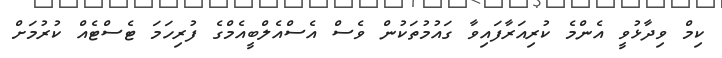
ކިމް ވިދާޅުވީ އެންމެ ކުރިއަރާފައިވާ ގައުމުތަކުން ވެސް އެސްއެލްބީއެމްގެ ފުރިހަމަ ޓެސްޓެއް ކުރުމަށް